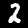
Label: 2